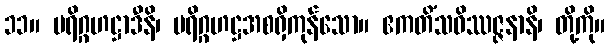
၁၁။ ပရိဂ္ဂဟဋ္ဌာဒီနိ၊ ပရိဂ္ဂဟဋ္ဌအစရှိကုန်သော။ ဧကတိံသဝိဿဇ္ဇနာနိ၊ တို့ကို။